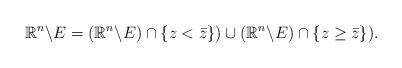
LaTeX: \begin{align*}\mathbb{R}^{n} \backslash E = ( \mathbb{R}^{n} \backslash E) \cap \{ z < \bar{z} \}) \cup ( \mathbb{R}^{n} \backslash E) \cap \{ z \geq \bar{z}\} ).\end{align*}